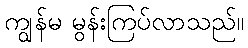
ကျွန်မ မွန်းကြပ်လာသည်။